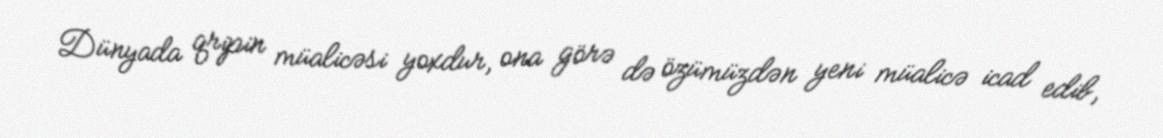
Dünyada qripin müalicəsi yoxdur, ona görə də özümüzdən yeni müalicə icad edib,